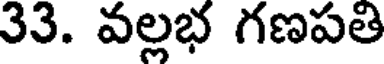
33. వల్లభ గణపతి